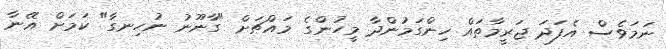
ނަމަވެސް އެފަދަ ޖަރީމާތައް ހިންގަމުންދާ މީހުންގެ މައްޗަށް "ގާނޫނު ނުހިނގާ" ކަމަށް އޭނާ